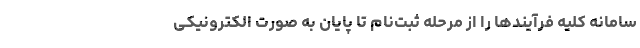
سامانه کلیه فرآیند‌ها را از مرحله ثبت‌نام تا پایان به صورت الکترونیکی